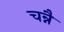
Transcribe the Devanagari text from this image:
चन्नै